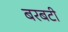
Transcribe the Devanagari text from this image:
बरबटी